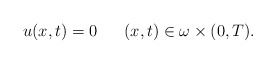
\begin{align*} u(x,t)=0 \ \ \ \ \ (x,t)\in \omega\times(0,T).\end{align*}